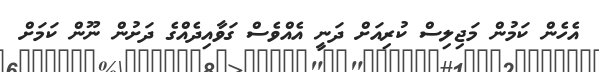
އެހެން ކަމުން މަޖިލިސް ކުރިއަށް ދަނީ އެއްވެސް ގަވާއިދެއްގެ ދަށުން ނޫން ކަަމަށް